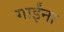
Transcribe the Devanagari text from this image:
गाईंना